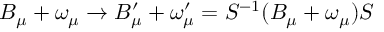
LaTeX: B _ { \mu } + \omega _ { \mu } \rightarrow B _ { \mu } ^ { \prime } + \omega _ { \mu } ^ { \prime } = S ^ { - 1 } ( B _ { \mu } + \omega _ { \mu } ) S